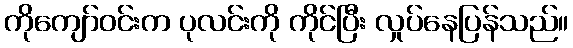
ကိုကျော်ဝင်းက ပုလင်းကို ကိုင်ပြီး လှုပ်နေပြန်သည်။